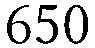
650